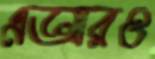
এআরও